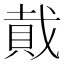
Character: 𮚂